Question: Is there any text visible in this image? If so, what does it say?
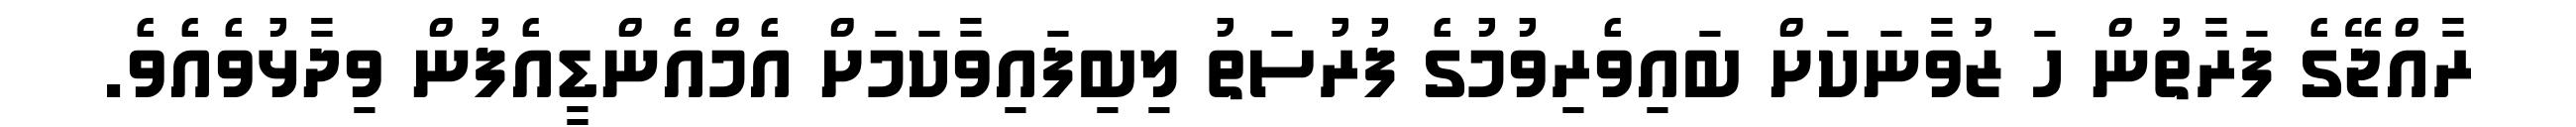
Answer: ރާއްޖޭގެ ފަރާތުން ހަ ޒުވާނަކަށް ބައިވެރިވުމުގެ ފުރުސަތު ލިބިފައިވާކަމަށް އެމްއެންޑީއެފުން ވިދާޅުވެއެވެ.